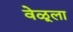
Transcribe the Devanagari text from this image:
वेळूला